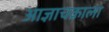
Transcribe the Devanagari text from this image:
आज्ञाचक्राला